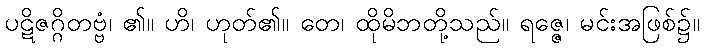
ပဋိဇဂ္ဂိတဗ္ဗံ၊ ၏။ ဟိ၊ ဟုတ်၏။ တေ၊ ထိုမိဘတို့သည်။ ရဇ္ဇေ၊ မင်းအဖြစ်၌။